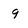
Character: 9